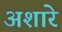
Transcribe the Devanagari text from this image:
अशारे